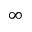
\infty